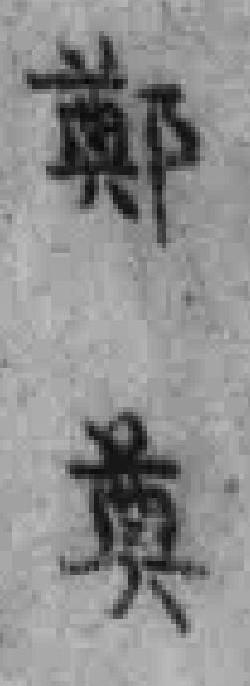
鄭奠